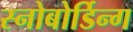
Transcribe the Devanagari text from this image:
स्नोबोर्डिन्ग